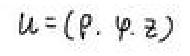
$\boldsymbol{u}=(\rho,\varphi,z)$